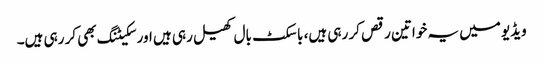
ویڈیو میں یہ خواتین رقص کر رہی ہیں، باسکٹ بال کھیل رہی ہیں اور سکیٹنگ بھی کر رہی ہیں۔